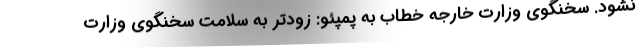
نشود. سخنگوی وزارت خارجه خطاب به پمپئو: زودتر به سلامت سخنگوی وزارت